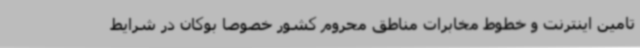
تامین اینترنت و خطوط مخابرات مناطق محروم کشور خصوصا بوکان در شرایط